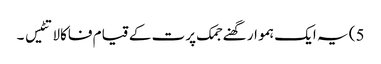
5) یہ ایک ہموار گھنے جمک پرت کے قیام فاکالاتٹیس ۔